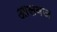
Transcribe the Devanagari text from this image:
आसवज